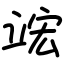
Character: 竤